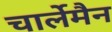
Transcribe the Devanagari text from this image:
चार्लेमैन